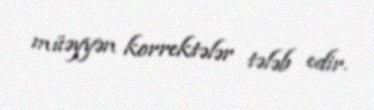
müəyyən korrektələr tələb edir.